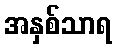
အနှစ်သာရ